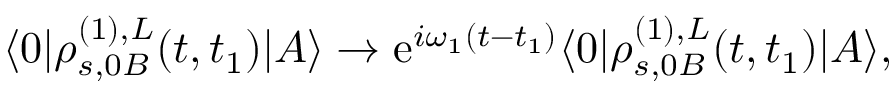
\begin{array} { r } { \langle 0 | \rho _ { s , 0 B } ^ { ( 1 ) , L } ( t , t _ { 1 } ) | A \rangle \to \mathrm { e } ^ { i \omega _ { 1 } ( t - t _ { 1 } ) } \langle 0 | \rho _ { s , 0 B } ^ { ( 1 ) , L } ( t , t _ { 1 } ) | A \rangle , } \end{array}